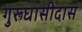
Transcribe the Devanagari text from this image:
गुरूघासीदास